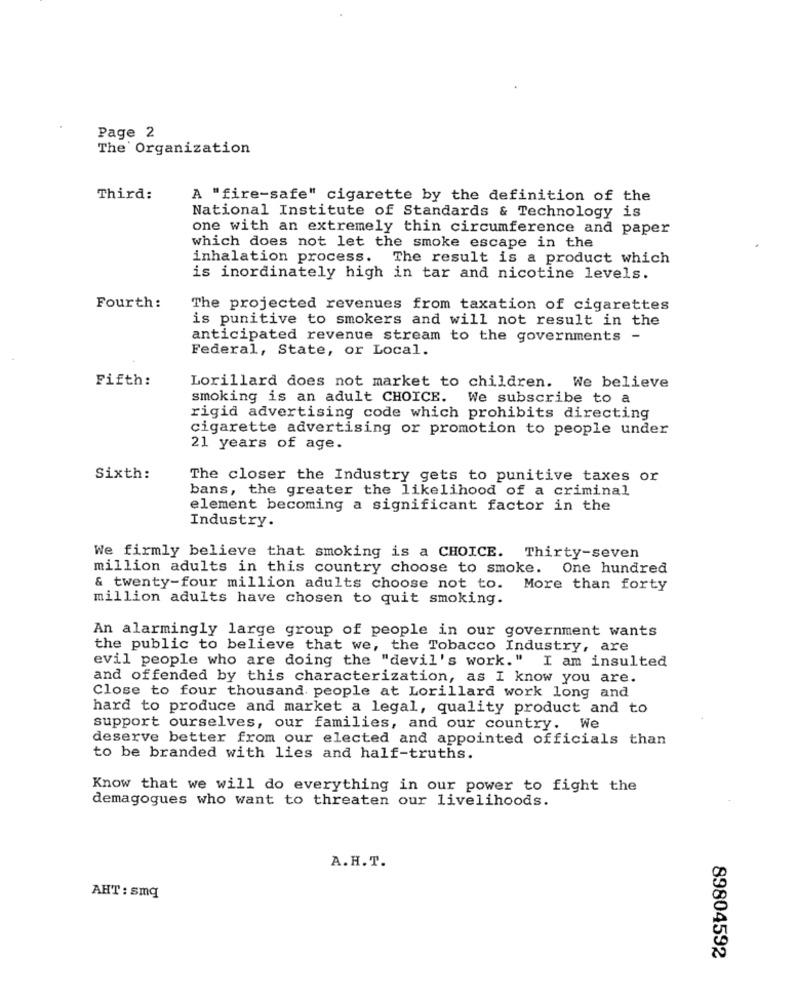
Page 2
The Organization
Third:
A "fire-safe" cigarette by the definition of the
National Institute of Standards & Technology is
one with an extremely thin circumference and paper
which does not let the smoke escape in the
inhalation process. The result is a product which
is inordinately high in tar and nicotine levels.
Fourth:
The projected revenues from taxation of cigarettes
is punitive to smokers and will not result in the
anticipated revenue stream to the governments -
Federal, State, or Local.
Fifth:
Lorillard does not market to children. We believe
smoking is an adult CHOICE. We subscribe to a
rigid advertising code which prohibits directing
cigarette advertising or promotion to people under
21 years of age.
Sixth:
The closer the Industry gets to punitive taxes or
bans, the greater the likelihood of a criminal
element becoming a significant factor in the
Industry.
We firmly believe that smoking is a CHOICE. Thirty-seven
million adults in this country choose to smoke. One hundred
& twenty-four million adults choose not to. More than forty
million adults have chosen to quit smoking.
An alarmingly large group of people in our government wants
the public to believe that we, the Tobacco Industry, are
evil people who are doing the "devil's work." I am insulted
and offended by this characterization, as I know you are.
Close to four thousand people at Lorillard work long and
hard to produce and market a legal, quality product and to
support ourselves, our families, and our country. We
deserve better from our elected and appointed officials than
to be branded with lies and half-truths.
Know that we will do everything in our power to fight the
demagogues who want to threaten our livelihoods.
A.H. T.
AHT : smq
89804592